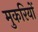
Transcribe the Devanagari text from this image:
मुकरियों